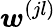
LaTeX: \boldsymbol{w}^{(jl)}